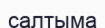
салтыма